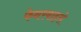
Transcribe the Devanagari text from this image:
फेनरबाहसे